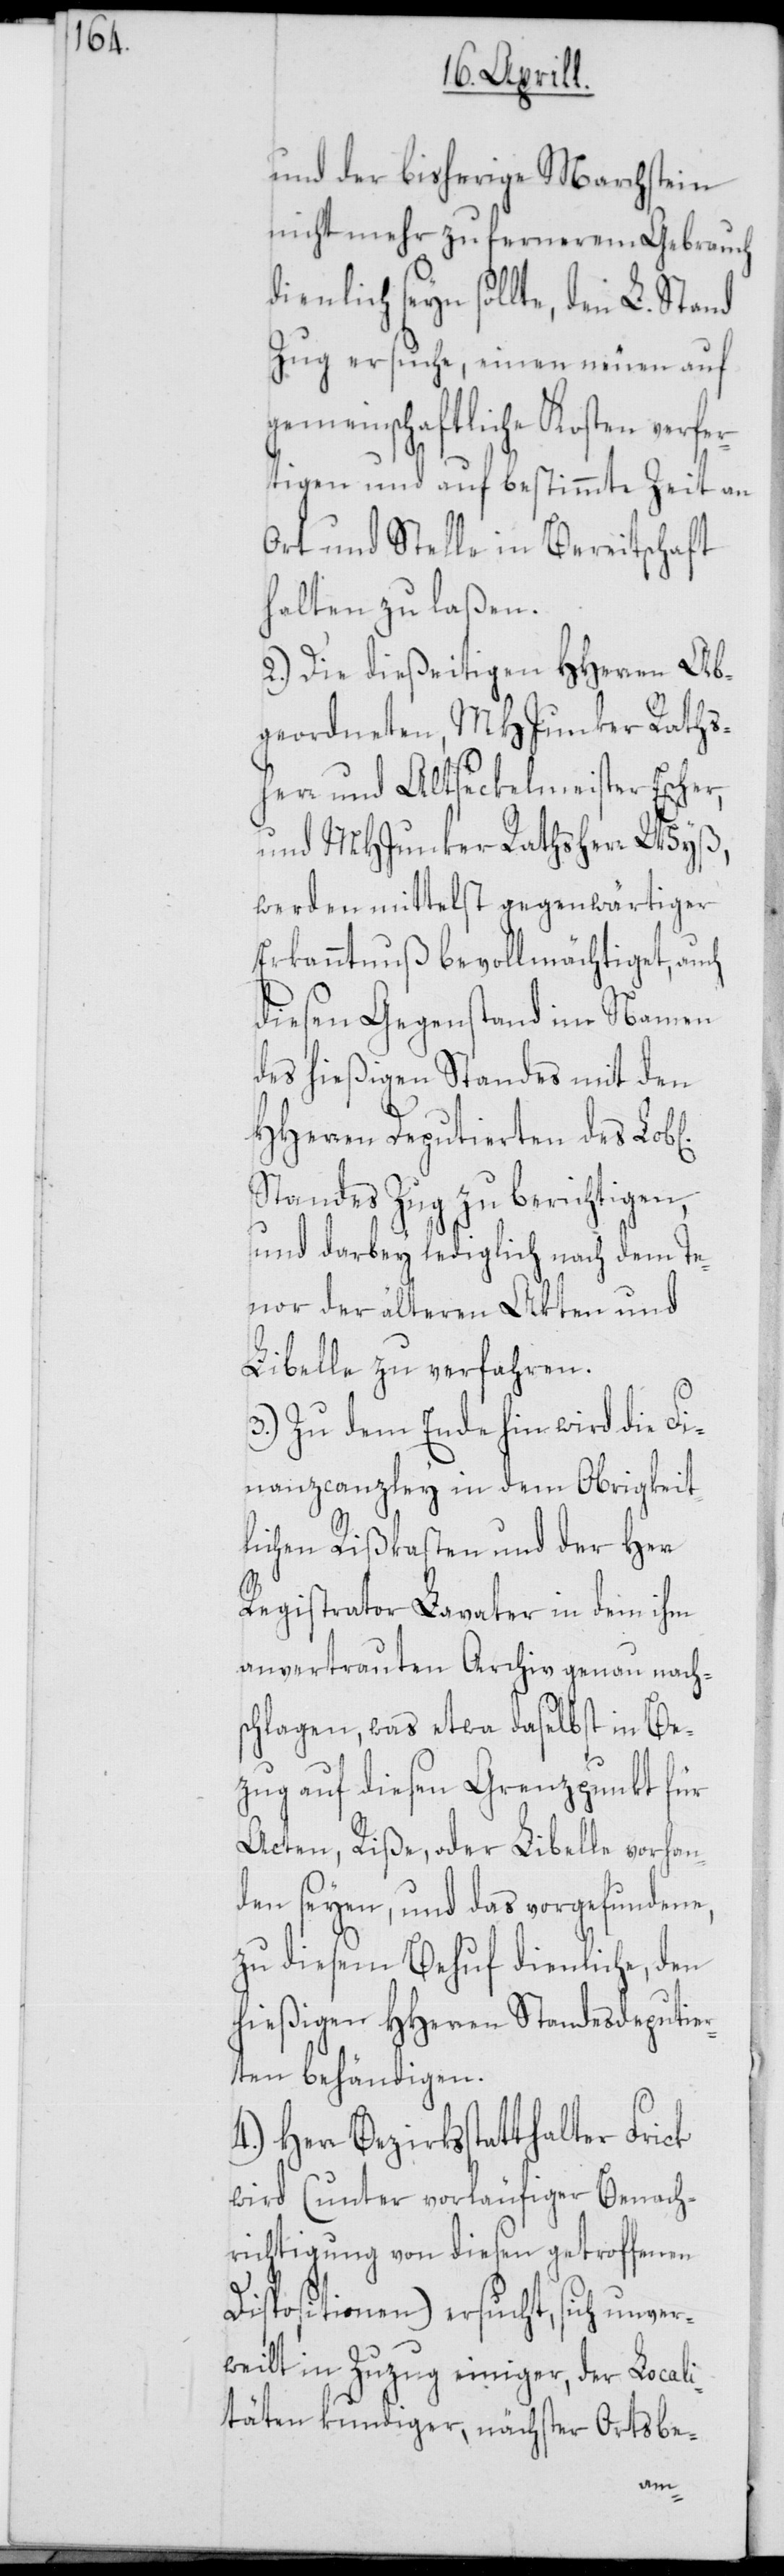
und der bisherige Marchstein
nicht mehr zu fernerem Gebrauch
dienlich seyn sollte, den L. Stand
Zug ersuche, einen neuen auf
gemeinschaftliche Kosten verfer¬
tigen und auf bestimmte Zeit an
Ort und Stelle in Bereitschaft
halten zu laßen.
2.) Die dießeitigen HHerren Ab¬
geordneten, MHJunker Raths¬
herr und Altseckelmeister Escher,
und MHJunker Rathsherr Wyß,
werden mittelst gegenwärtiger
Erkanntnuß bevollmächtiget, auch
diesen Gegenstand im Namen
des hießigen Standes mit den
HHerren Deputierten des Lob[l¬
Standes Zug zu berichtigen,
und darbey lediglich nach dem Te¬
nor der älteren Akten und
Libelle zu verfahren.
3.) Zu dem Ende hin wird die Fi¬
nanzcanzley in dem Obrigkeit¬
lichen Rißkasten und der Herr
Registrator Lavater in dem ihm
anvertrauten Archiv genau nach¬
schlagen, was etwa daselbst in Be¬
zug auf diesen Grenzpunkt für
Acten, Riße oder Libelle vorhan¬
den seyen, und das vorgefundene,
zu diesem Behuf dienliche, den
hießigen HHerren Standesdeputier¬
ten behändigen.
Herr Bezirksstatthalter Frick
wird (unter vorläufiger Benach¬
richtigung von diesen getroffenen
Dispositionen) ersucht, sich unver¬
weilt in Zuzug einiger, der Locali¬
täten kundiger, nächster Ortsbe-
ichen]